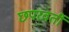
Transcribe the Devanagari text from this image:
छ्परवर्ती